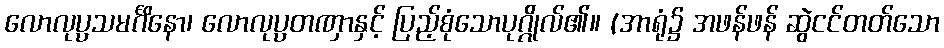
လောလုပ္ပသမင်္ဂိနော၊ လောလုပ္ပတဏှာနှင့် ပြည့်စုံသောပုဂ္ဂိုလ်၏။ (အာရုံ၌ အဖန်ဖန် ဆွဲငင်တတ်သော